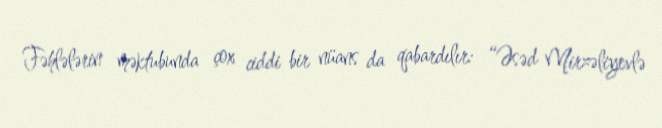
Fəhlələrin məktubunda çox ciddi bir nüans da qabardılır: “Əsəd Mirzəliyevlə